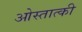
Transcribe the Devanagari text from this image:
ओस्तात्की